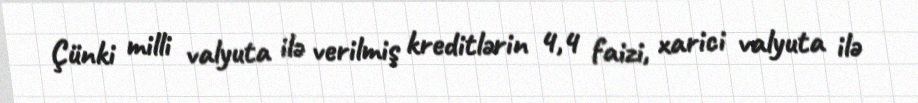
Çünki milli valyuta ilə verilmiş kreditlərin 4,4 faizi, xarici valyuta ilə